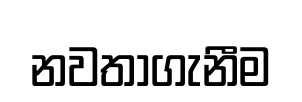
නවතාගැනීම